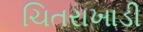
ચિતરાખાડી